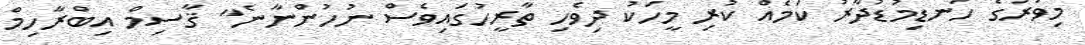
މިވަރުގެ ހަނޑިމުޑުދާރު ކަމެއް ކުރި މީހަކު ދިވެހި ތާރީހުގައިވެސް ނުހުންނާނެ" ޤާސިމް އިބްރާހިމް